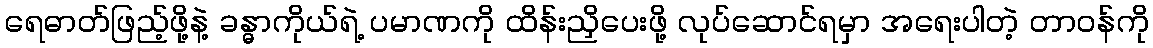
ရေဓာတ်ဖြည့်ဖို့နဲ့ ခန္ဓာကိုယ်ရဲ့ ပမာဏကို ထိန်းညှိပေးဖို့ လုပ်ဆောင်ရမှာ အရေးပါတဲ့ တာဝန်ကို